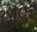
હાવર